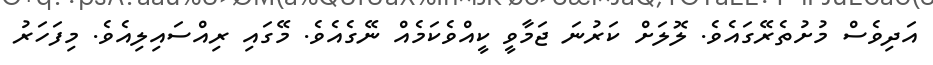
އަދިވެސް މުށުތެރޭގައެވެ. ލޮލަށް ކަރުނަ ޖަމާވީ ކީއްވެކަމެއް ނޭގެއެވެ. މޭގައި ރިއްސައިލިއެވެ. މިފަހަރު